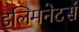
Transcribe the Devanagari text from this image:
इलिमनेटर्स